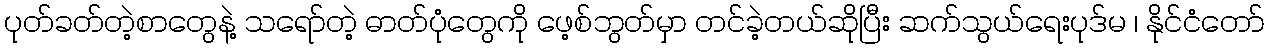
ပုတ်ခတ်တဲ့စာတွေနဲ့ သရော်တဲ့ ဓာတ်ပုံတွေကို ဖေ့စ်ဘွတ်မှာ တင်ခဲ့တယ်ဆိုပြီး ဆက်သွယ်ရေးပုဒ်မ ၊ နိုင်ငံတော်